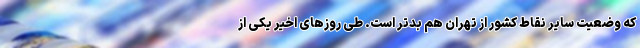
که وضعیت سایر نقاط کشور از تهران هم بدتر است. طی روزهای اخیر یکی از